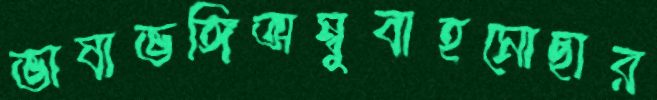
ভাষাভঙ্গিঅম্বুবাহমোছার